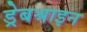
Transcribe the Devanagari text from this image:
ड्रेबश्राइन